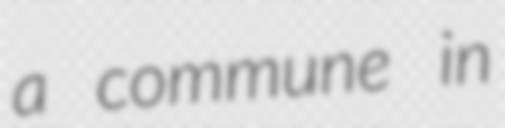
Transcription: a commune in